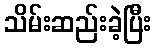
သိမ်းဆည်းခဲ့ပြီး